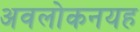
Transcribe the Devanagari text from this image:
अवलोकनयह